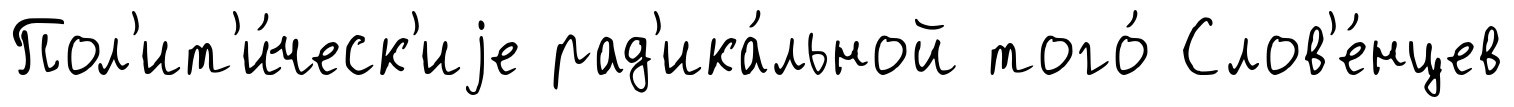
Пол'ит'и́ческ'иjе рад'ика́льной того́ Слов'е́нцев